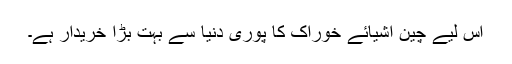
اس لیے چین اشیائے خوراک کا پوری دنیا سے بہت بڑا خریدار ہے۔